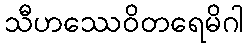
သီဟဿေဝိတရေမိဂါ